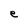
Character: e